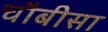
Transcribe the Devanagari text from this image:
चौबीसा